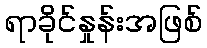
ရာခိုင်နှုန်းအဖြစ်